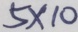
5 \times 1 0